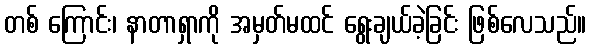
တစ် ကြောင်း၊ နာတာရှာကို အမှတ်မထင် ရွေးချယ်ခဲ့ခြင်း ဖြစ်လေသည်။